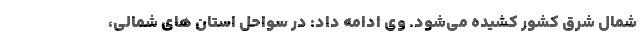
شمال شرق کشور کشیده می‌شود. وی ادامه داد: در سواحل استان های شمالی،